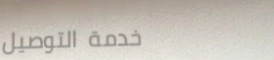
خدمة التوصيل